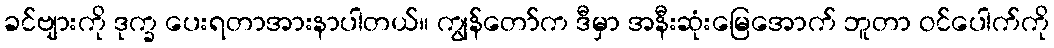
ခင်ဗျားကို ဒုက္ခ ပေးရတာအားနာပါတယ်။ ကျွန်တော်က ဒီမှာ အနီးဆုံးမြေအောက် ဘူတာ ဝင်ပေါက်ကို